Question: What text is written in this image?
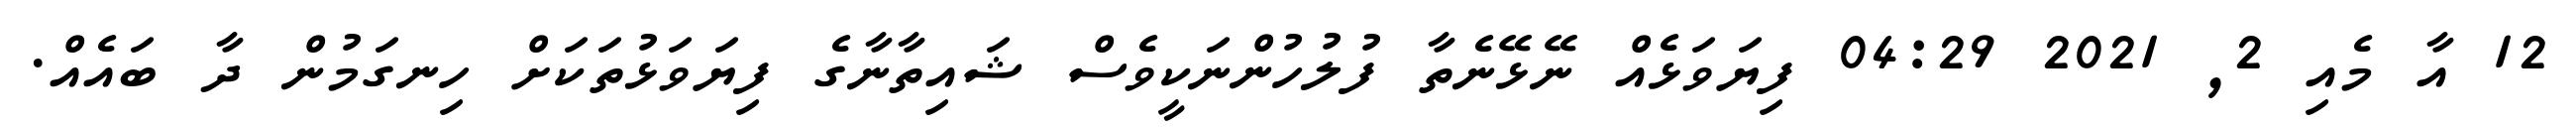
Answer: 12 އާ މެއި 2, 2021 04:29 ފިޔަވަޅެއް ނޭޅޭނެތާ ފުލުހުންނަކީވެސް ޝައިތާނާގެ ފިޔަވަޅުތަކަށް ހިނގަމުން ދާ ބައެއް.